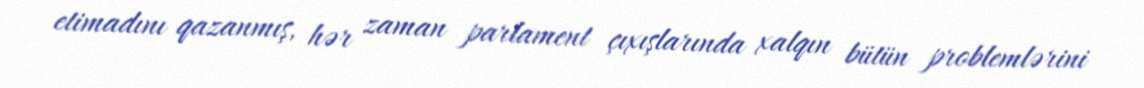
etimadını qazanmış, hər zaman parlament çıxışlarında xalqın bütün problemlərini